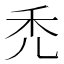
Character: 禿